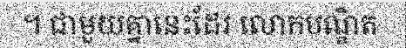
។ ជាមួយគ្នានេះដែរ លោកបណ្ឌិត